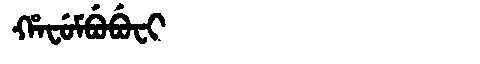
Manchu: ᡥᠠᠸᡠᠮᠪᡠᠪᡠᠸᡳ
Romanization: HAFUMBUBUFI